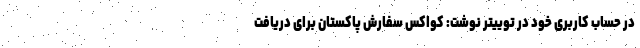
در حساب کاربری خود در توییتر نوشت: کواکس سفارش پاکستان برای دریافت